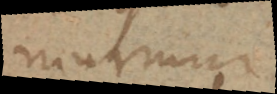
murmur